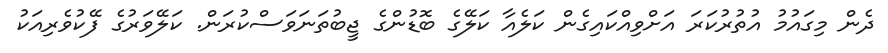
ދެން މިގައުމު އުތުރުކަރަ އަށްވިއްކައިގެން ކަލެއާ ކަލޭގެ ބޮޑުންގެ ޖީބުތަނަވަސްކުރަން. ކަލޭވަރުގެ ފޭކުވެރިއަކު